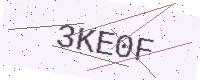
Text: 3KE0F